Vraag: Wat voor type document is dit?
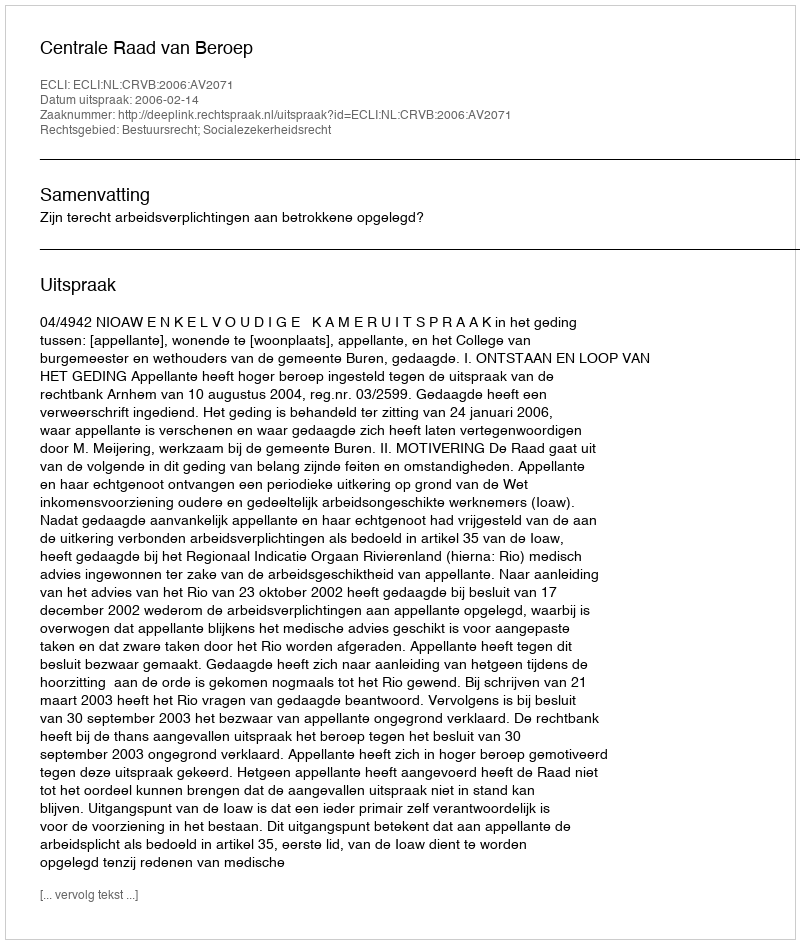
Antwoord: Uitspraak